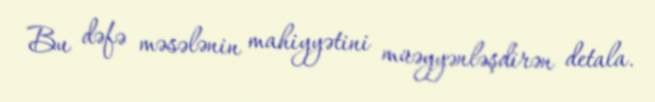
Bu dəfə məsələnin mahiyyətini müəyyənləşdirən detala.